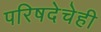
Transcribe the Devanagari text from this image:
परिषदेचेही